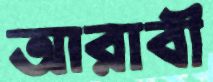
আরাবী